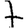
Digit: 7